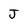
Character: J